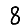
Digit: 8